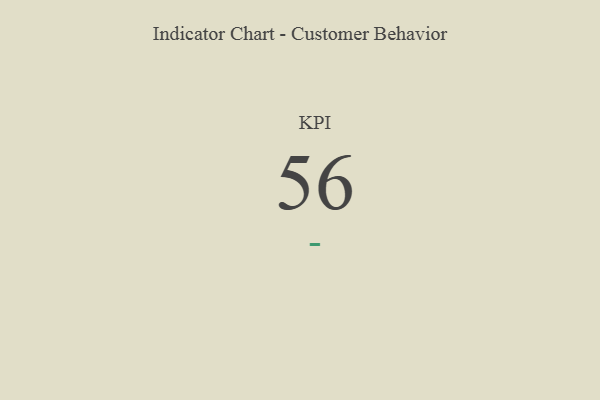
{"axis": {"x": "KPI", "y": "Value"}, "legend": [""], "data": [{"x": "KPI", "y": 56, "type": ""}]}